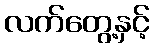
လက်တွေ့နှင့်